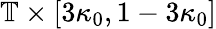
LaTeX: \mathbb{T}\times[3\kappa_{0},1-3\kappa_{0}]